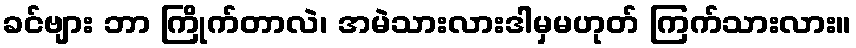
ခင်ဗျား ဘာ ကြိုက်တာလဲ၊ အမဲသားလားဒါမှမဟုတ် ကြက်သားလား။